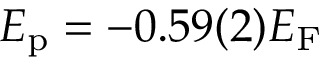
E _ { \mathrm { p } } = - 0 . 5 9 ( 2 ) E _ { \mathrm { F } }